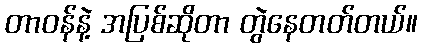
တာဝန်နဲ့ အပြစ်ဆိုတာ တွဲနေတတ်တယ်။